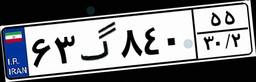
۸۹گ۵۰۱۸۴